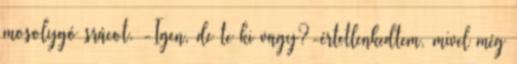
mosolygó srácot. -Igen, de te ki vagy?-értetlenkedtem, mivel még